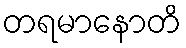
တရမာနောတိ